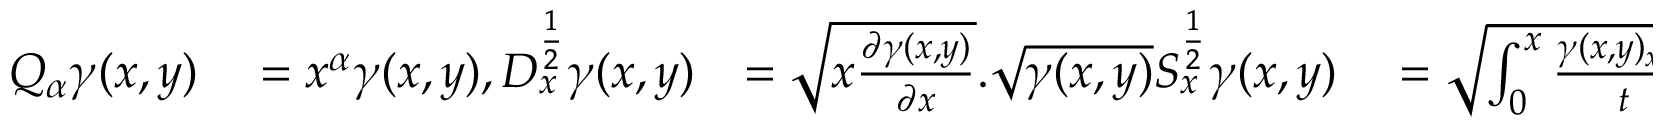
\begin{array} { r l r l } { Q _ { \alpha } \gamma ( x , y ) } & { { } = x ^ { \alpha } \gamma ( x , y ) , D _ { x } ^ { \frac { 1 } { 2 } } \gamma ( x , y ) } & { = \sqrt { x \frac { \partial \gamma ( x , y ) } { \partial x } } . \sqrt { \gamma ( x , y ) } S _ { x } ^ { \frac { 1 } { 2 } } \gamma ( x , y ) } & { { } = \sqrt { \int _ { 0 } ^ { x } \frac { \gamma ( x , y ) _ { x = t } } { t } d t } . \sqrt { \gamma ( x , y ) } . } \end{array}